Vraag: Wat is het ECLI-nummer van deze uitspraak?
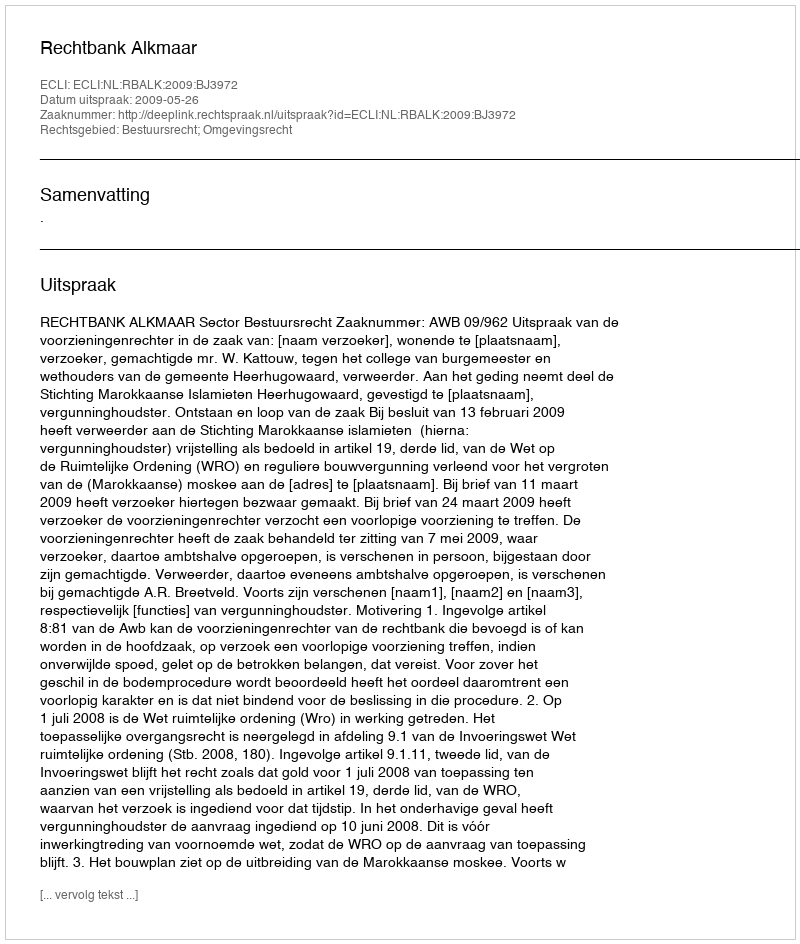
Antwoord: ECLI:NL:RBALK:2009:BJ3972